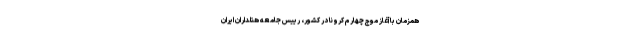
همزمان با آغاز موج چهارم کرونا در کشور، رییس جامعه هتلداران ایران